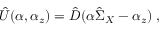
\hat { \cal U } ( \alpha , \alpha _ { z } ) = \hat { D } ( \alpha \hat { \Sigma } _ { X } - \alpha _ { z } ) \; ,